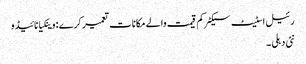
رئیل اسٹیٹ سیکٹر کم قیمت والے مکانات تعمیر کرے : وینکیا نائیڈو
نئی دہلی ۔